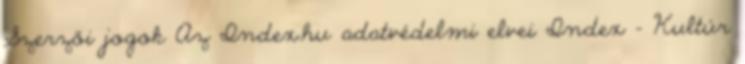
Szerzői jogok Az Index.hu adatvédelmi elvei Index - Kultúr